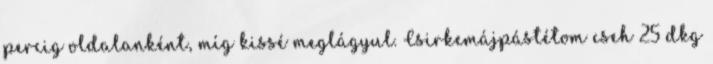
percig oldalanként, míg kissé meglágyul. Csirkemájpástétom cseh 25 dkg